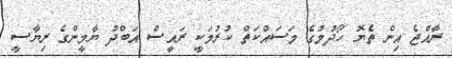
ރާއްޖެ އިން ތެޔޮ ހޯދުމުގެ މަސައްކަތް ކުރުމަކީ ރައީސް އަބްދު ޔާމީންގެ ރިޔާސީ